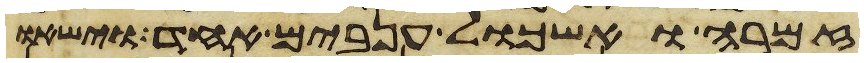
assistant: זמרה ואשכול ענבים אחד וישאו